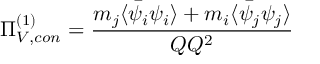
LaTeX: \Pi _ { V , c o n } ^ { ( 1 ) } = \frac { m _ { j } \langle \bar { \psi _ { i } } \psi _ { i } \rangle + m _ { i } \langle \bar { \psi _ { j } } \psi _ { j } \rangle } { Q Q ^ { 2 } }